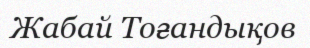
Жабай Тоғандықов